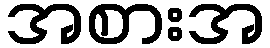
အစားအ